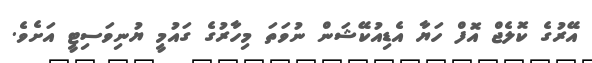
އޭރުގެ ކޮލެޖް އޮފް ހަޔާ އެޑިއުކޭޝަން ނުވަތަ މިހާރުގެ ގައުމީ ޔުނިވަސިޓީ އަށެވެ.